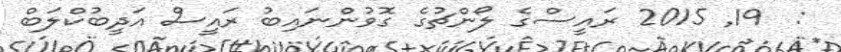
:  19